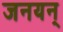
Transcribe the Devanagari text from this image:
जनयन्